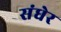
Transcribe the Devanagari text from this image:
संधेर